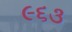
૯૬૩